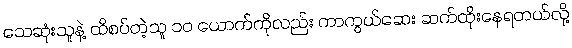
သေဆုံးသူနဲ့ ထိစပ်တဲ့သူ ၁၀ ယောက်ကိုလည်း ကာကွယ်ဆေး ဆက်ထိုးနေရတယ်လို့